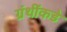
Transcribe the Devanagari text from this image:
ग्रंथींकडे